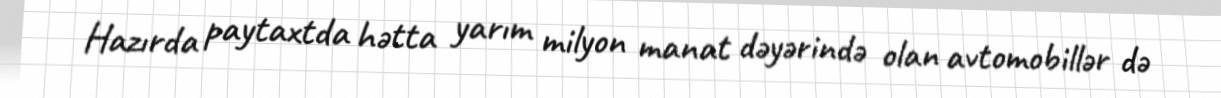
Hazırda paytaxtda hətta yarım milyon manat dəyərində olan avtomobillər də